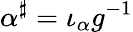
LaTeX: \alpha^{\sharp}=\iota_{\alpha}g^{-1}